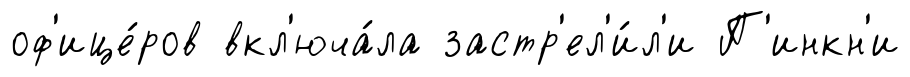
оф'ице́ров вкл'юча́ла застр'ел'и́л'и П'инкн'и